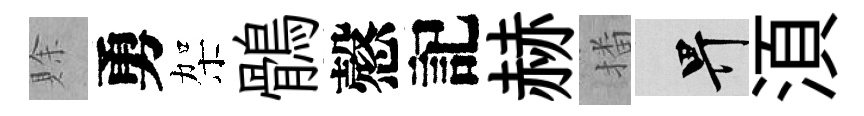
賖勇架鶻慤記赫播畀湏